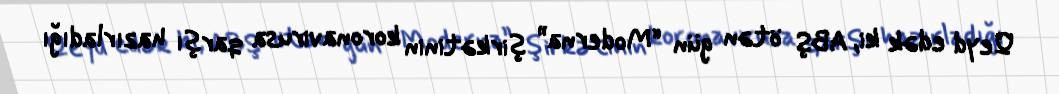
Qeyd edək ki, ABŞ ötən gün “Moderna” şirkətinin koronavirusa qarşı hazırladığı